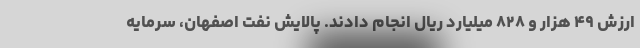
ارزش ۴۹ هزار و ۸۲۸ میلیارد ریال انجام دادند. پالایش نفت اصفهان، سرمایه